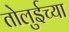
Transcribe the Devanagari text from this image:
तोलुईच्या